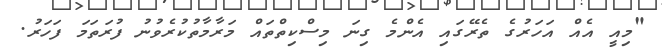
"މިއީ އެއް އަހަރުގެ ތެރޭގައި އެންމެ ގިނަ މިސްކިތްތައް މަރާމާތުކުރެވުނު ފުރަތަމަ ފަހަރު.